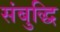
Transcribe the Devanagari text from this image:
संबुद्धि